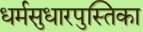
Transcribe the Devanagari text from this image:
धर्मसुधारपुस्तिका